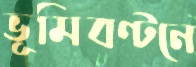
ভূমিবণ্টনে